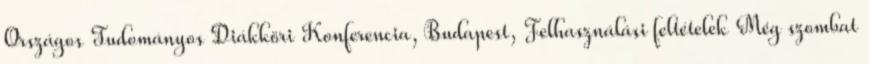
Országos Tudományos Diákköri Konferencia, Budapest, Felhasználási feltételek Még szombat